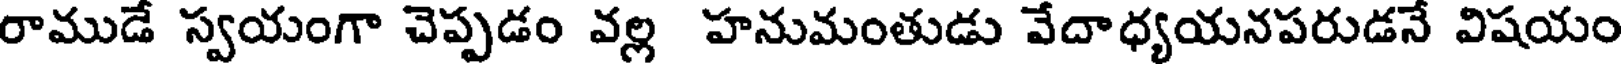
రాముడే స్వయంగా చెప్పడం వల్ల హనుమంతుడు వేదాధ్యయనపరుడనే విషయం